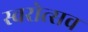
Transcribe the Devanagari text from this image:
स्वरोत्सव